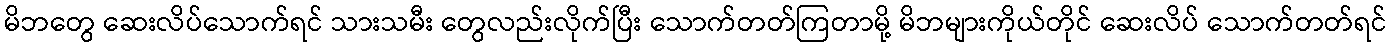
မိဘတွေ ဆေးလိပ်သောက်ရင် သားသမီး တွေလည်းလိုက်ပြီး သောက်တတ်ကြတာမို့ မိဘများကိုယ်တိုင် ဆေးလိပ် သောက်တတ်ရင်